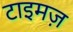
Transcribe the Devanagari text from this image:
टाइमज़